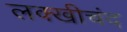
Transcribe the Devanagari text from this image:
लक्खीचंद